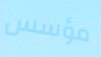
مؤسس